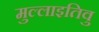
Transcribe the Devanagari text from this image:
मुल्लाइतिवु